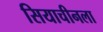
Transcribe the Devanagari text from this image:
सियाचीनला